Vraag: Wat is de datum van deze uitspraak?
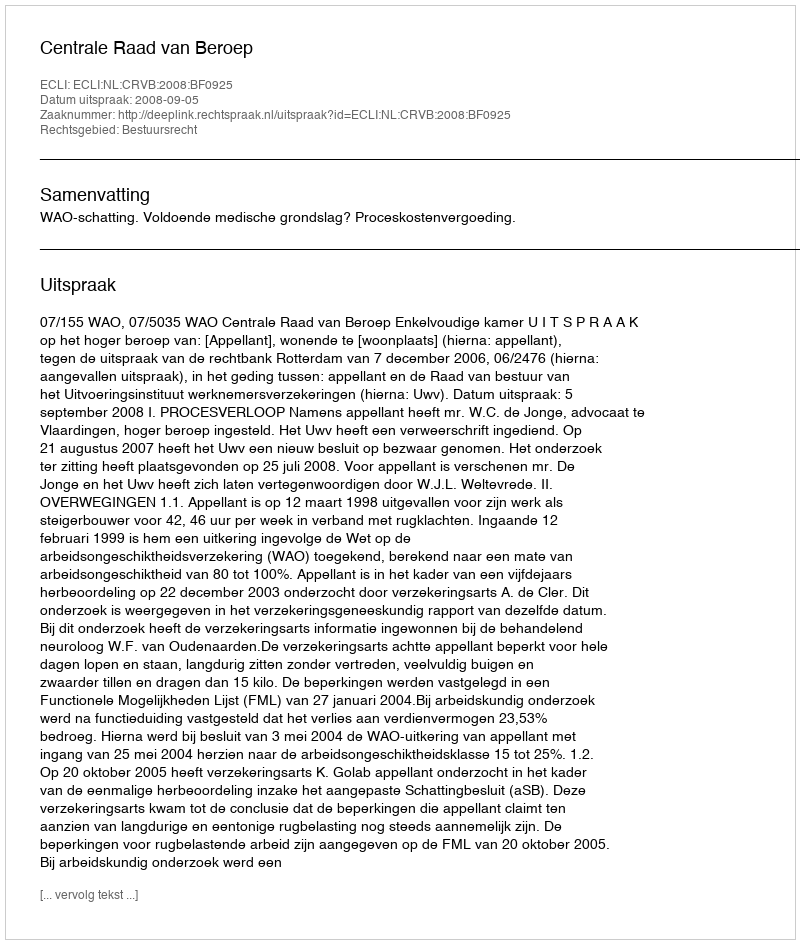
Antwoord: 2008-09-05